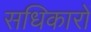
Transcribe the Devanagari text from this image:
सधिकारों